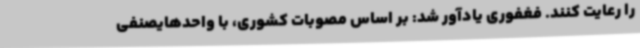
را رعایت کنند. فغفوری یادآور شد: بر اساس مصوبات کشوری، با واحدهایصنفی